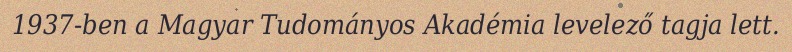
1937-ben a Magyar Tudományos Akadémia levelező tagja lett.